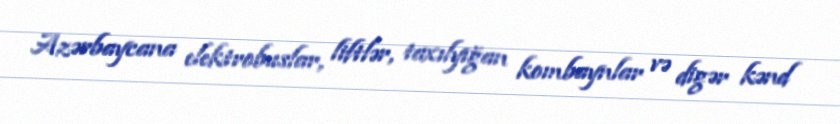
Azərbaycana elektrobuslar, liftlər, taxılyığan kombaynlar və digər kənd